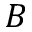
B